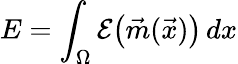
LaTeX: E=\int_{\Omega}\mathcal{E}\big(\vec{m}(\vec{x})\big)\, dx